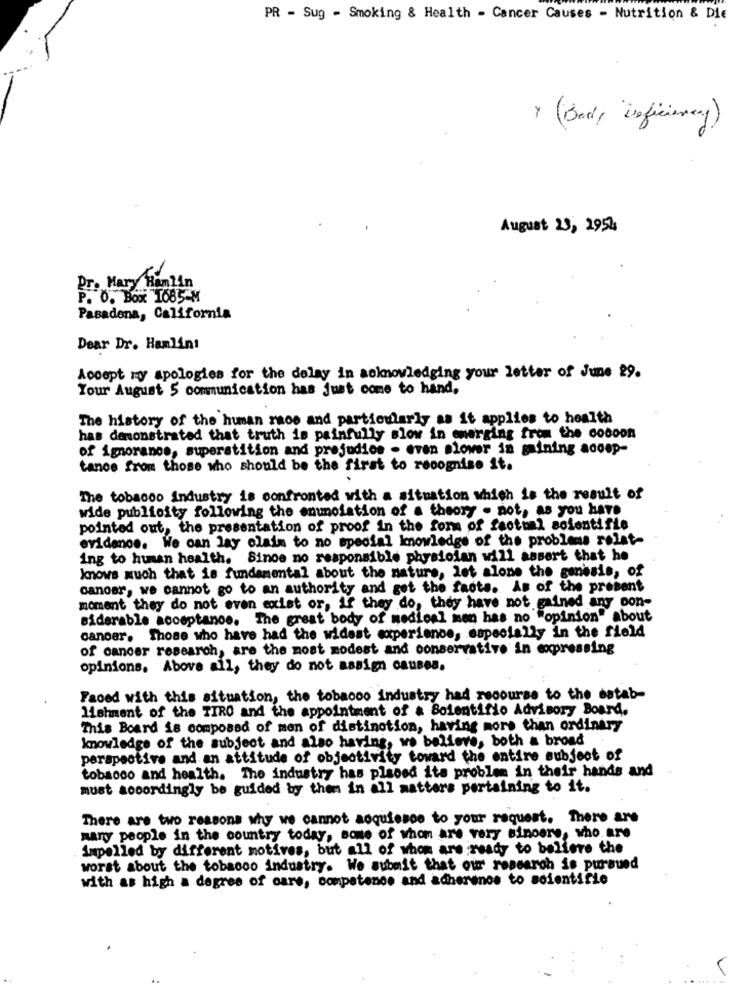
PR - Sug - Smoking & Health - Cancer Causes - Nutrition & Die
> (Body "Deficiency)
August 23, 2954
Pr. Mary Hamlin
P. O. Box TOB5-M
Pasadena, California
Dear Dr. Hamlinı
Accept my apologies for the delay in acknowledging your letter of June 29.
Your August 5 communication has Just come to hand,
The history of the human race and particularly as it applies to health
has demonstrated that truth is painfully slow in emerging from the cocoon
of ignorance, superstition and prejudios - even slower in gaining acoop-
tance from those who should be the first to recognise it.
The tobacco Industry is confronted with a situation which is the result of
wide publicity following the enunciation of a theory . not, as you have
pointed out, the presentation of proof in the for of factual soientifie
evidence. We can lay claim to no special knowledge of the problems relat-
ing to human health. Sinoe no responsible physician will assert that he
knows much that is fundamental about the nature, let alone the genesis, of
cancer, we cannot go to an authority and get the facts. As of the present
moment they do not even exist or, If they do, they have not gained any con-
siderable acceptance. The great body of medical men has no "opinion" ab
cancer. Those who have had the widest experience, especially in the field
of cancer research, are the most modest and conservative in expressing
opinions. Above all, they do not assign causes.
Faced with this situation, the tobacco industry had recourse to the estab-
lishment of the TIRO and the appointment of a Bolentifio Advisory Board.
This Board is composed of men of distinction, having more than ordinary
knowledge of the subject and also having, we believe, both a broad
perspective and an attitude of objectivity toward the entire subject of
tobacco and health. The industry has placed its problem in their hands and
must accordingly be guided by them in all matters pertaining to it.
There are two reasons why we cannot acquiesce to your request. There are
maryy people in the country today, some of whom are very sinoare, who are
impelled by different motives, but all of whom are ready to believe the
worst about the tobacco industry. We submit that our research is pursued
with as high a degree of care, competence and adherence to scientific